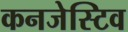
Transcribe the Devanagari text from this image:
कनजेस्टिव